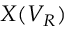
X ( V _ { R } )